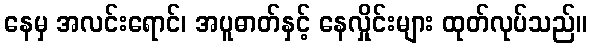
နေမှ အလင်းရောင်၊ အပူဓာတ်နှင့် နေလှိုင်းများ ထုတ်လုပ်သည်။